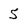
Character: 5